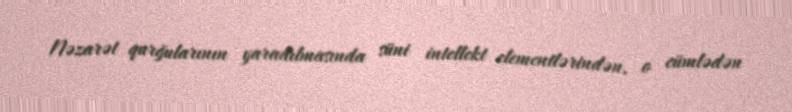
Nəzarət qurğularının yaradılmasında süni intellekt elementlərindən, o cümlədən